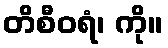
တိစီဝရံ၊ ကို။